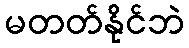
မတတ်နိုင်ဘဲ